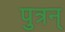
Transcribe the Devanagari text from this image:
पुत्रन्